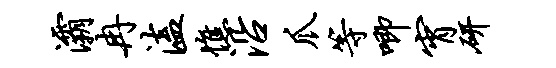
灞冉溘憔沿爪等唧宵研